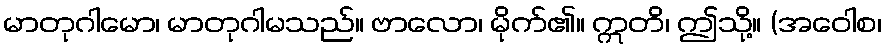
မာတုဂါမော၊ မာတုဂါမသည်။ ဗာလော၊ မိုက်၏။ ဣတိ၊ ဤသို့။ (အဝေါစ၊